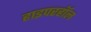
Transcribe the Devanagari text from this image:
हाइपरहॉल